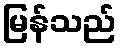
မြန်သည်